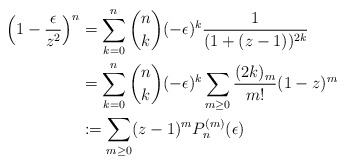
\begin{align*}\left(1-\frac{\epsilon}{z^2}\right)^n &= \sum_{k=0}^n\binom{n}{k}(-\epsilon)^{k}\frac{1}{(1+(z-1))^{2k}} \\& = \sum_{k=0}^n\binom{n}{k}(-\epsilon)^{k}\sum_{m \geq 0}\frac{(2k)_m}{m!}(1-z)^m \\& := \sum_{m \geq 0}(z-1)^mP_n^{(m)}(\epsilon) \end{align*}